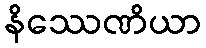
နိဿေဏိယာ